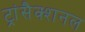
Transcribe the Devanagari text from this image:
ट्रांसैक्शनल